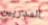
المدربين